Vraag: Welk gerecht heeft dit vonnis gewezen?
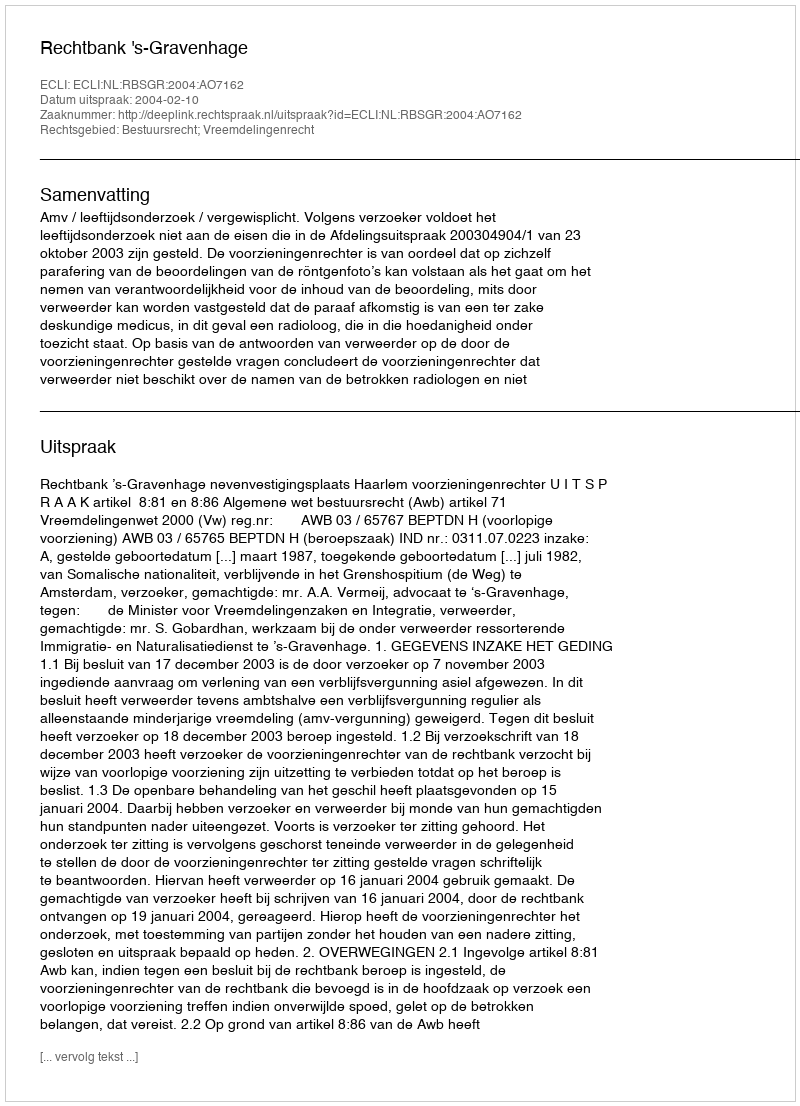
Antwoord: Rechtbank 's-Gravenhage